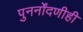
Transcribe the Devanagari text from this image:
पुनर्नोंदणीही